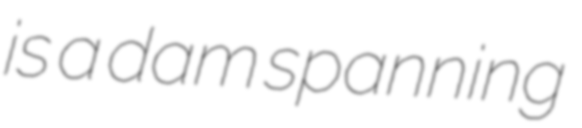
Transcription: is a dam spanning